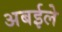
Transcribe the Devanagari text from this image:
अबईले